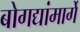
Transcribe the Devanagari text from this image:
बोगद्यांमार्गे